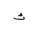
Letter: _tha